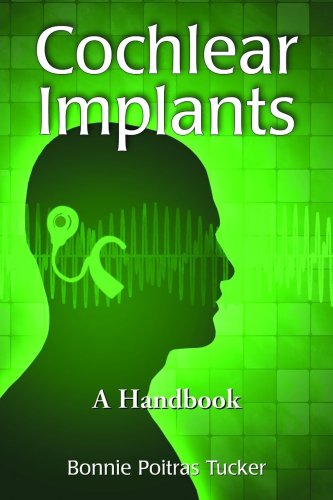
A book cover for Cochlear Implants: A Handbook; Bonnie Poitras Tucker; Health, Fitness & Dieting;